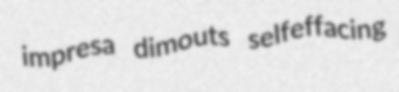
impresa dimouts selfeffacing